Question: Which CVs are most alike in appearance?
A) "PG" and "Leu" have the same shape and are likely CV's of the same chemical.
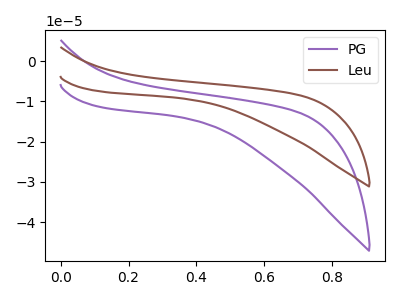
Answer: <think>The purple curve "PG" has no peaks. The brown curve "Leu" has no peaks.
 Neither "PG" or "Leu" have any peaks.</think>
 <answer>A) "PG" and "Leu" have the same shape and are likely CV's of the same chemical.</answer>
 <eval>A</eval>